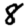
Digit: 8